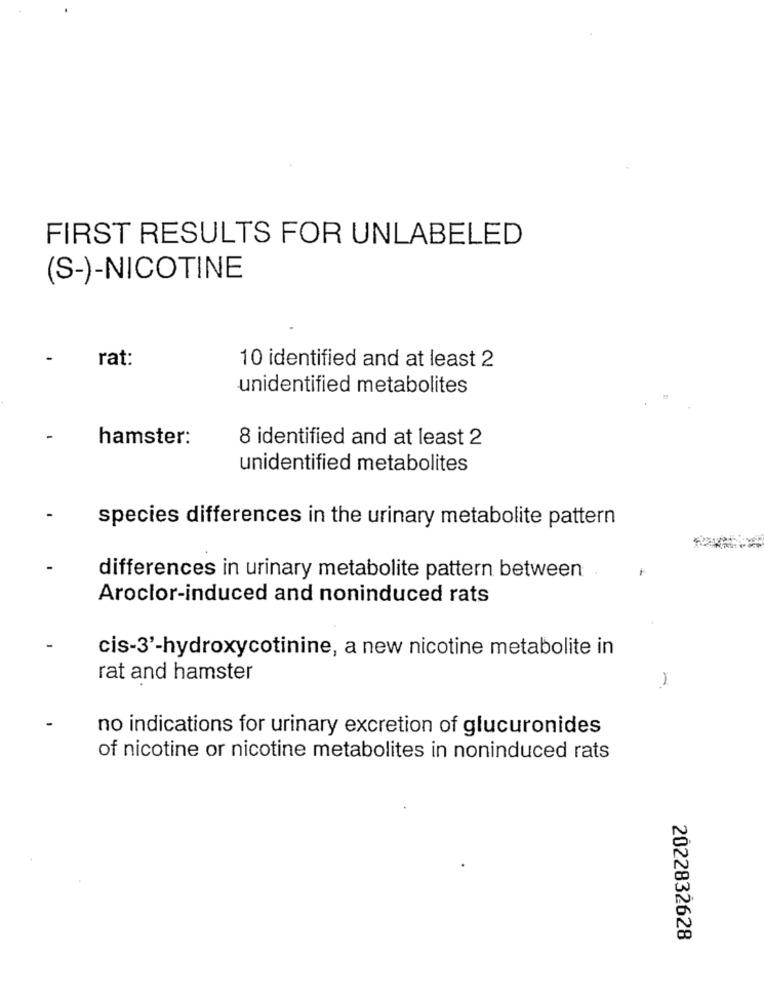
FIRST RESULTS FOR UNLABELED
(S-)-NICOTINE
rat:
10 identified and at least 2
unidentified metabolites
-
hamster:
8 identified and at least 2
unidentified metabolites
species differences in the urinary metabolite pattern
differences in urinary metabolite pattern between
Aroclor-induced and noninduced rats
cis-3'-hydroxycotinine, a new nicotine metabolite in
rat and hamster
1
no indications for urinary excretion of glucuronides
of nicotine or nicotine metabolites in noninduced rats
2022832628